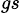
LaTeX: _{gs}